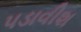
પડાવીશ